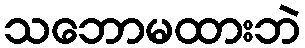
သဘောမထားဘဲ